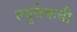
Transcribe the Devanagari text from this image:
ल्युबेकची